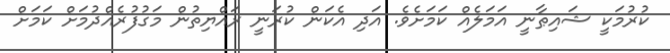
ކުރުމަކީ ޝައިޠާނީ އަމަލެއް ކަމަށެވެ. އަދި އެކަން ކުރަނީ ރައްޔިތުން މަގުފުރެއްދުމަށް ކަމަށް